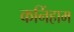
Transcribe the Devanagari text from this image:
कनिंहाम